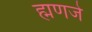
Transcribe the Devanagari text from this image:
ह्मणजे